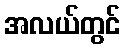
အလယ်တွင်